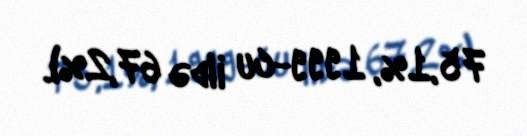
75,1%, 1999-cu ildə 67,2%).